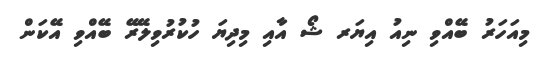
މިއަހަރު ބޭއްވި ނިއު އިޔަރ ޝޯ އާއި މިދިޔަ ހުކުރުވިލޭރޭ ބޭއްވި އޭކަން